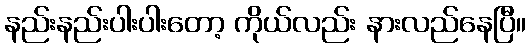
နည်းနည်းပါးပါးတော့ ကိုယ်လည်း နားလည်နေပြီ။